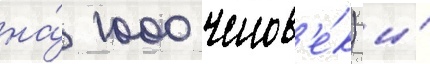
на́ 1000 челов'е́к) и́